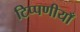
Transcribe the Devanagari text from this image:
टिप्पणीयाँ